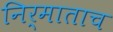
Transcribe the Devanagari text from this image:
निर्माताच